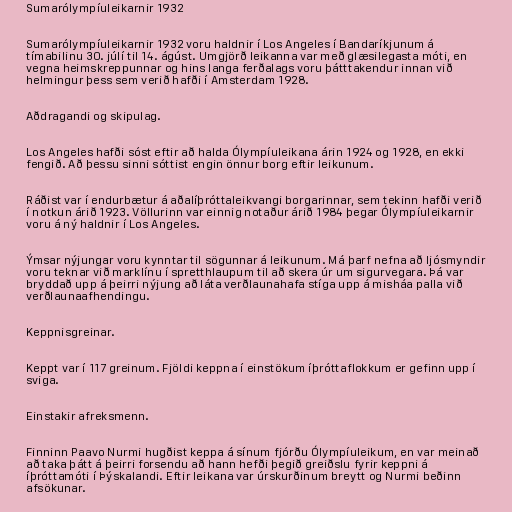
Sumarólympíuleikarnir 1932

Sumarólympíuleikarnir 1932 voru haldnir í Los Angeles í Bandaríkjunum á
tímabilinu 30. júlí til 14. ágúst. Umgjörð leikanna var með glæsilegasta móti, en
vegna heimskreppunnar og hins langa ferðalags voru þátttakendur innan við
helmingur þess sem verið hafði í Amsterdam 1928.

Aðdragandi og skipulag.

Los Angeles hafði sóst eftir að halda Ólympíuleikana árin 1924 og 1928, en ekki
fengið. Að þessu sinni sóttist engin önnur borg eftir leikunum.

Ráðist var í endurbætur á aðalíþróttaleikvangi borgarinnar, sem tekinn hafði verið
í notkun árið 1923. Völlurinn var einnig notaður árið 1984 þegar Ólympíuleikarnir
voru á ný haldnir í Los Angeles.

Ýmsar nýjungar voru kynntar til sögunnar á leikunum. Má þarf nefna að ljósmyndir
voru teknar við marklínu í spretthlaupum til að skera úr um sigurvegara. Þá var
bryddað upp á þeirri nýjung að láta verðlaunahafa stíga upp á misháa palla við
verðlaunaafhendingu.

Keppnisgreinar.

Keppt var í 117 greinum. Fjöldi keppna í einstökum íþróttaflokkum er gefinn upp í
sviga.

Einstakir afreksmenn.

Finninn Paavo Nurmi hugðist keppa á sínum fjórðu Ólympíuleikum, en var meinað
að taka þátt á þeirri forsendu að hann hefði þegið greiðslu fyrir keppni á
íþróttamóti í Þýskalandi. Eftir leikana var úrskurðinum breytt og Nurmi beðinn
afsökunar.